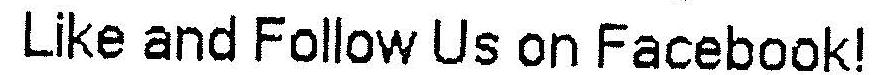
LIKE AND FOLLOW US ON FACEBOOK!